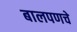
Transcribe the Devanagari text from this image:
बालपणचे